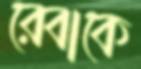
রেবাকে